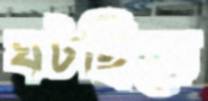
ঘটছিলে